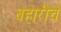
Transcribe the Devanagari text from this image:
बहारीचे